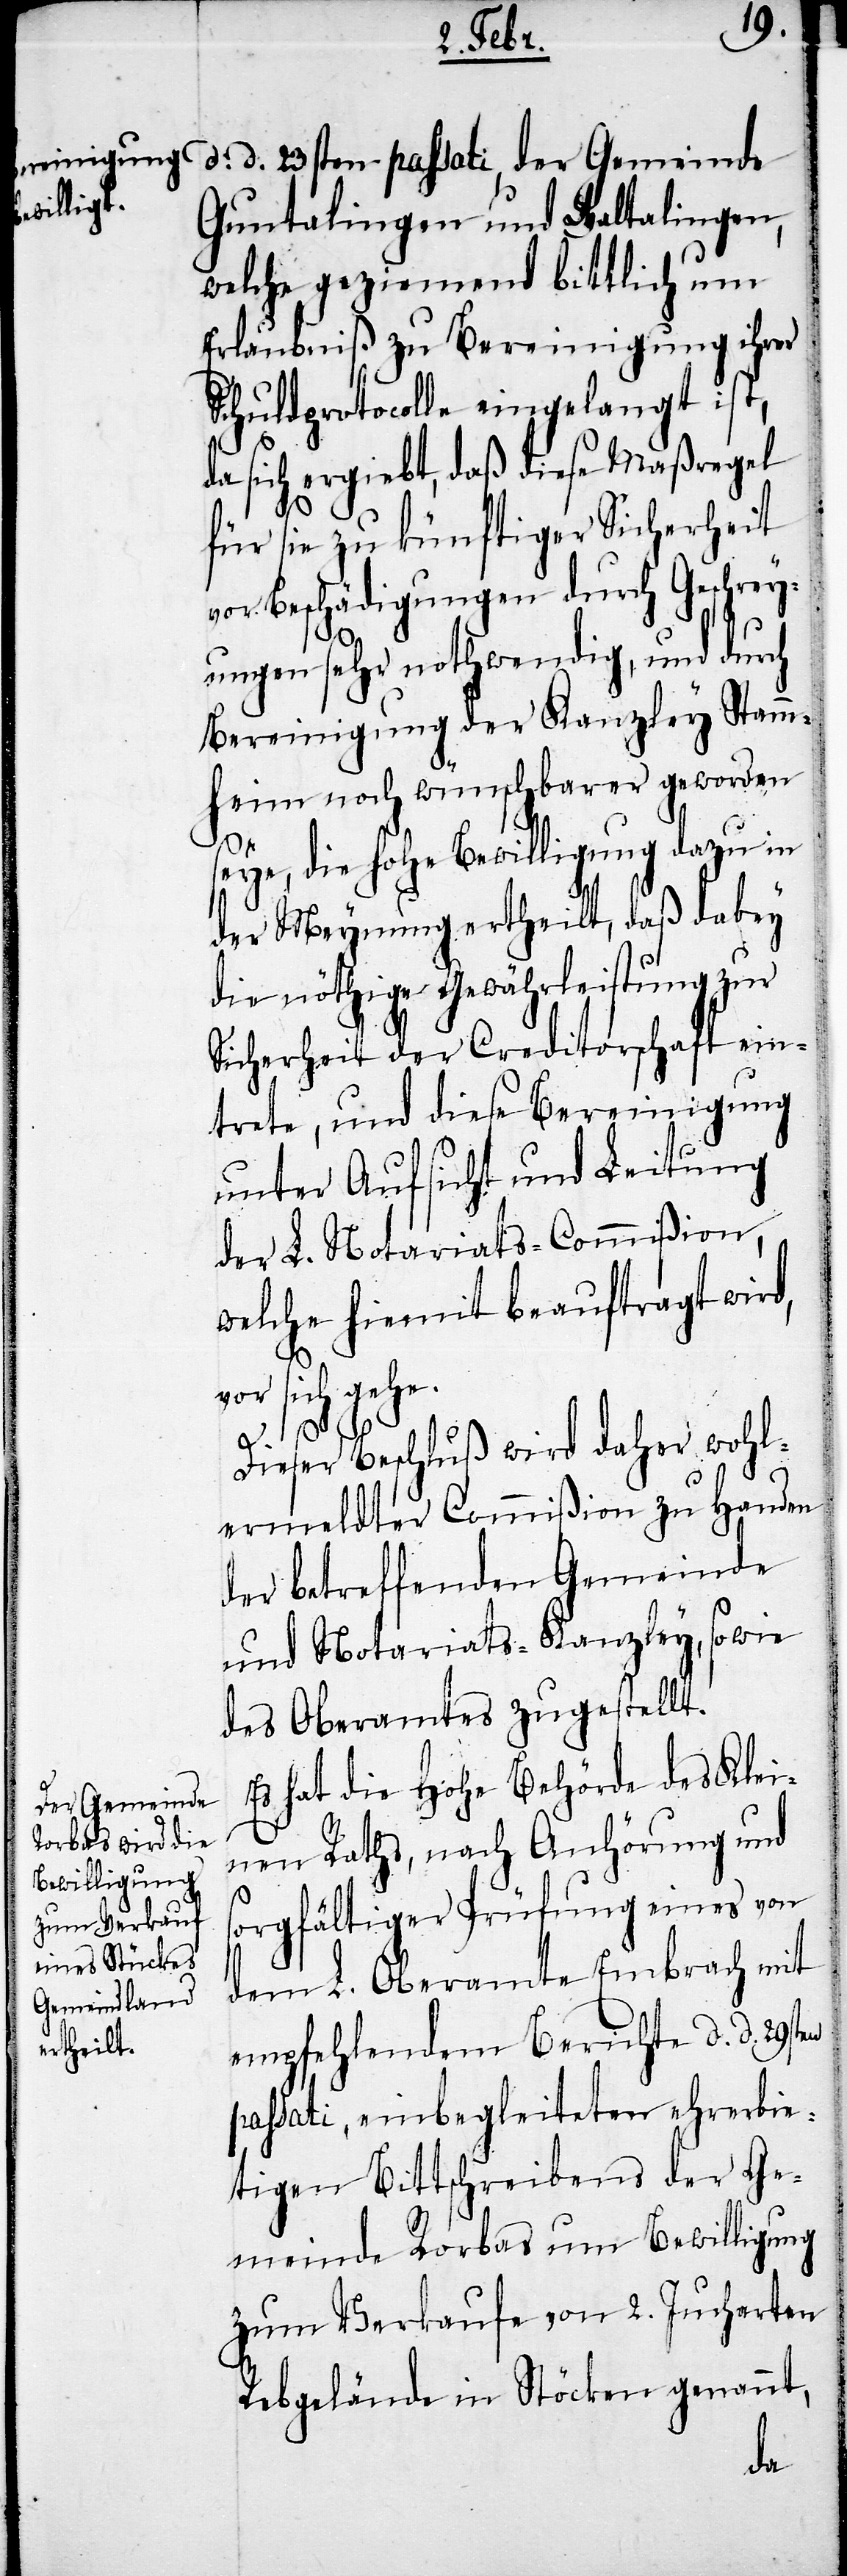
d. d. 23sten passati, der Gemeinde
Guntalingen und Waltalingen,
welche geziemend bittlich um
Erlaubnis zu Bereinigung ihrer
Schuldprotocolle eingelangt ist,
da sich ergiebt, daß diese Maßregel
für sie zu künftiger Sicherheit
vor Beschädigungen durch Geschrey¬
ungen sehr nothwendig, und durch
Bereinigung der Kanzley Stamm¬
heim noch wünschbarer geworden
seye, die hohe Bewilligung dazu in
der Meynung ertheilt, daß dabei
die nöthige Gewährleistung zur
Sicherheit der Creditorschaft ein¬
trete, und diese Bereinigung
unter Aufsicht und Leitung
der L. Notariats-Commißion,
welche hiermit beauftragt wird,
vor sich gehe.
s¬
Dieser Beschluß wird daher wohl¬
ermeldter Commißion zu Handen
der betreffenden Gemeinde
und Notariats-Kanzley, sowie
des Oberamtes zugestellt.
Es hat die Hohe Behörde des Klei¬
nen Raths, nach Anhörung und
orgfältiger Prüfung eines von
dem L. Oberamte Embrach mit
empfehlendem Berichte d. d. 29st¬
passati, einbegleiteten ehrerbie¬
tigen Bittschreibens der Ge¬
meinde Rorbas um Bewilligung
zum Verkaufe von 2. Jucharten
Rebgelände in Stöcken genannt,
en